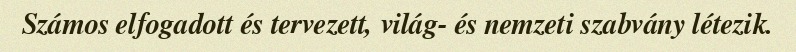
Számos elfogadott és tervezett, világ- és nemzeti szabvány létezik.